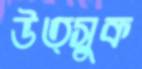
উত্সুক